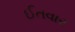
ઈતવાર